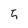
Character: 5